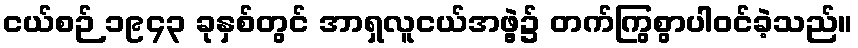
ငယ်စဉ် ၁၉၄၃ ခုနှစ်တွင် အာရှလူငယ်အဖွဲ့၌ တက်ကြွစွာပါဝင်ခဲ့သည်။